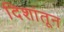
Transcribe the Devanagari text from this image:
दिशांतून